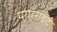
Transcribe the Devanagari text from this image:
पाएराइट